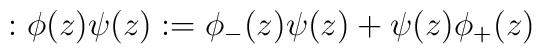
:\phi (z)\psi(z): = \phi_{-}(z)\psi(z)+\psi(z)\phi_{+}(z)